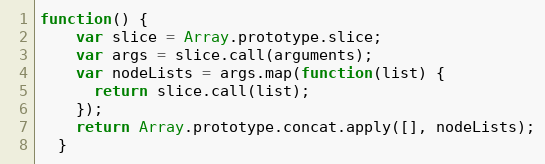
Language: JavaScript
function() {
    var slice = Array.prototype.slice;
    var args = slice.call(arguments);
    var nodeLists = args.map(function(list) {
      return slice.call(list);
    });
    return Array.prototype.concat.apply([], nodeLists);
  }